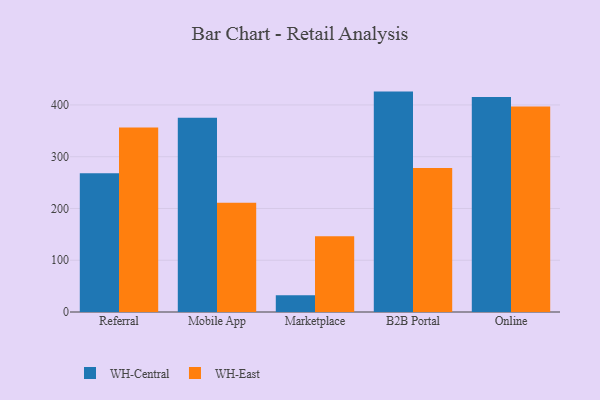
{"axis": {"x": "Channel", "y": "Bounce Rate (%)"}, "legend": ["WH-Central", "WH-East"], "data": [{"x": "Referral", "y": 267.9, "type": "WH-Central"}, {"x": "Referral", "y": 356.3, "type": "WH-East"}, {"x": "Mobile App", "y": 375.3, "type": "WH-Central"}, {"x": "Mobile App", "y": 211.0, "type": "WH-East"}, {"x": "Marketplace", "y": 32.6, "type": "WH-Central"}, {"x": "Marketplace", "y": 146.5, "type": "WH-East"}, {"x": "B2B Portal", "y": 425.8, "type": "WH-Central"}, {"x": "B2B Portal", "y": 278.2, "type": "WH-East"}, {"x": "Online", "y": 415.6, "type": "WH-Central"}, {"x": "Online", "y": 396.8, "type": "WH-East"}]}